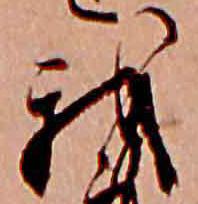
我